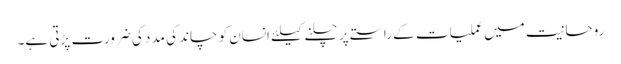
روحانیت میں عملیات کے راستے پر چلنے کیلئے انسان کو چاند کی مدد کی ضرورت پڑتی ہے۔